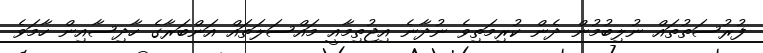
ފުރުސަތުތައް ނުލިބުމުން ދެން ކުރިމަތިވެ ނުދާނެ އިޖުތިމާއީ މައްސަލަތައް އަންބަރާގެ ހާދިސާއިން ހާމަވެ